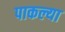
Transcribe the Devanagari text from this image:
पाकल्या